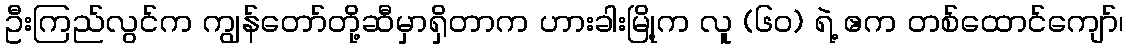
ဦးကြည်လွင်က ကျွန်တော်တို့ဆီမှာရှိတာက ဟားခါးမြို့က လူ (၆၀) ရဲ့ ဧက တစ်ထောင်ကျော်၊